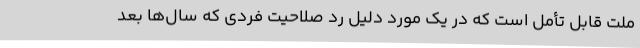
ملت قابل تأمل است که در یک مورد دلیل رد صلاحیت فردی که سال‌ها بعد